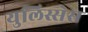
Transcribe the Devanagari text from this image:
युलिस्सेस